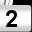
Digit: 2